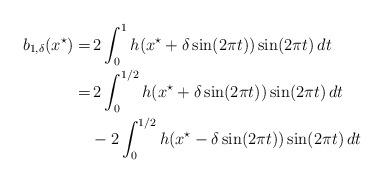
LaTeX: \begin{align*}\begin{aligned}b_{1,\delta}(x^\star) =& \, 2\int_{0}^{1}h(x^\star+\delta\sin(2\pi t))\sin(2\pi t)\,dt\\=&\, 2\int_{0}^{1/2}h(x^\star+\delta\sin(2\pi t))\sin(2\pi t)\,dt \\&- 2\int_{0}^{1/2} h(x^\star-\delta\sin(2\pi t))\sin(2\pi t)\,dt \end{aligned}\end{align*}